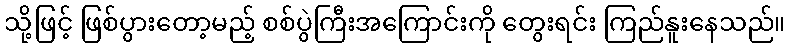
သို့ဖြင့် ဖြစ်ပွားတော့မည့် စစ်ပွဲကြီးအကြောင်းကို တွေးရင်း ကြည်နူးနေသည်။